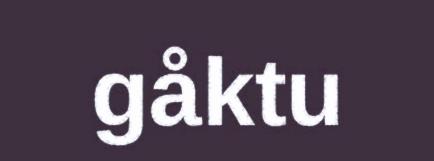
gåktu